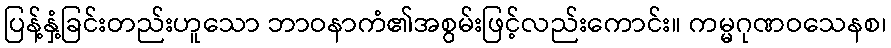
ပြန့်နှံ့ခြင်းတည်းဟူသော ဘာဝနာကံ၏အစွမ်းဖြင့်လည်းကောင်း။ ကမ္မဂုဏဝသေနစ၊